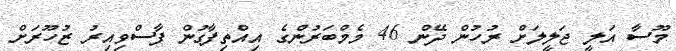
މޫސާ އަލީ ޖަލީލަށް ރުހުން ދޭން 46 މެމްބަރުންގެ އިއްތިފާގުން ފާސްވިއިރު ޒުހޫރަށް